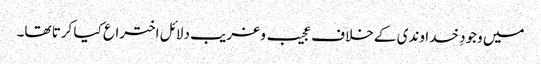
میں وجودِ خداوندی کے خلاف عجیب و غریب دلائل اختراع کیا کرتا تھا۔